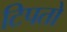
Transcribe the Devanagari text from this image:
टिपतो